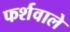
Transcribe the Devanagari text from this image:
फर्शवाले